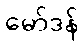
မော်ဒန်